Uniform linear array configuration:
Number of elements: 32
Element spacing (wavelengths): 0.5
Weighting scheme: hann
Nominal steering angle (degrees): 15
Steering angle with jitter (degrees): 15.764
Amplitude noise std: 0.05
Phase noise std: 0.05

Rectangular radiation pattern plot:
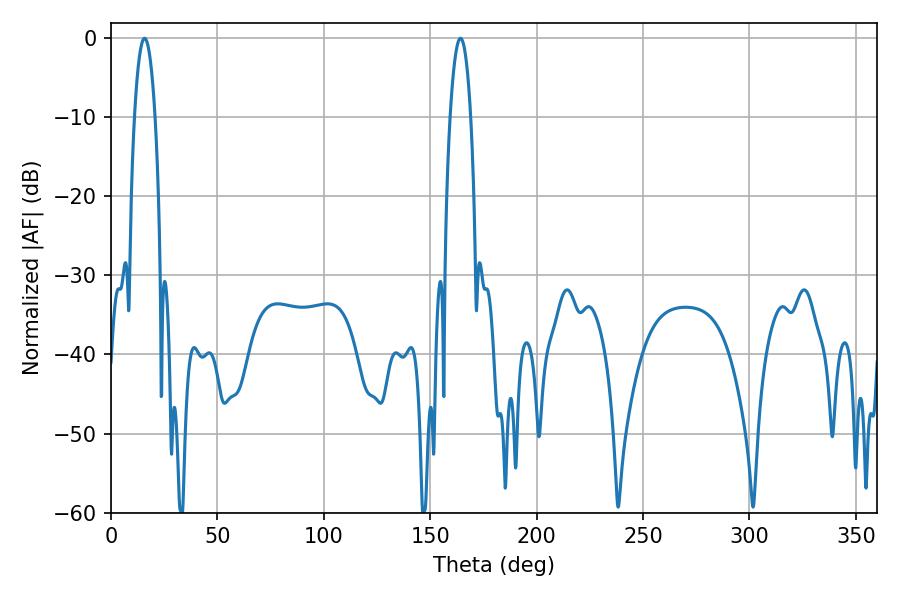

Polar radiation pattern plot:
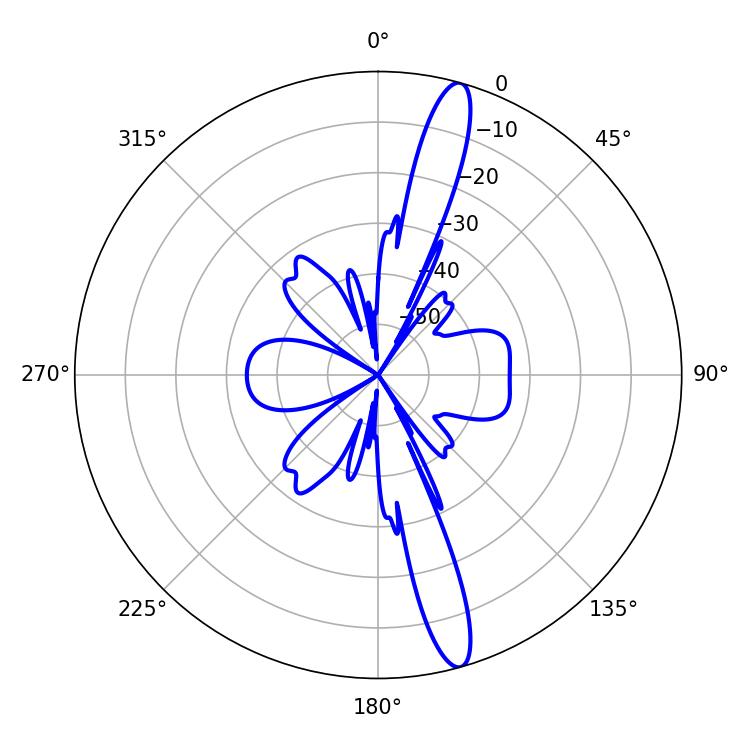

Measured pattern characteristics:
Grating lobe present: FALSE
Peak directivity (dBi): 15.61
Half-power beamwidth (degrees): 5.4
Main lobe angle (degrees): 15.84